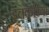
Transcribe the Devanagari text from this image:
इचकेरिया